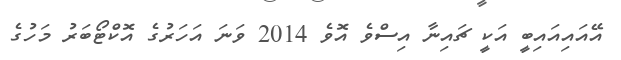
އޭއައިއައިބީ އަކީ ޗައިނާ އިސްވެ އޮވެ 2014 ވަނަ އަހަރުގެ އޮކްޓޯބަރު މަހުގެ